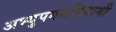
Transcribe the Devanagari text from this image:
अभ्युपगमनिगामी